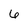
Character: 6